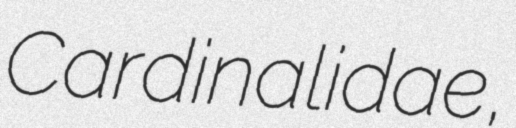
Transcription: Cardinalidae,